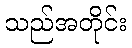
သည်အတိုင်း